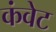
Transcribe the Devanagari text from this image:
कंवेट